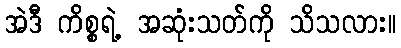
အဲဒီ ကိစ္စရဲ့ အဆုံးသတ်ကို သိသလား။